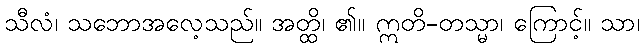
သီလံ၊ သဘောအလေ့သည်။ အတ္ထိ၊ ၏။ ဣတိ-တသ္မာ၊ ကြောင့်။ သာ၊